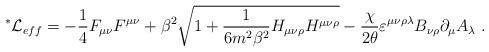
LaTeX: \begin{align*}{\mbox{}^*\mathcal{L}}_{eff}=-\frac{1}{4}F_{\mu \nu} F^{\mu \nu} + \beta^2\sqrt{1+\frac{1}{6 m^2\beta^2}H_{\mu \nu \rho} H^{\mu \nu \rho}} -\frac{\chi}{2\theta} \varepsilon^{\mu \nu \rho \lambda } B_{\nu \rho} \partial_\mu A_\lambda\; .\end{align*}